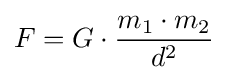
F=G\cdot {\frac {m_{1}\cdot m_{2}}{d^{2}}}